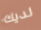
لديك